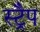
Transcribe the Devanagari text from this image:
स्ट्रैप